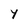
Character: Y